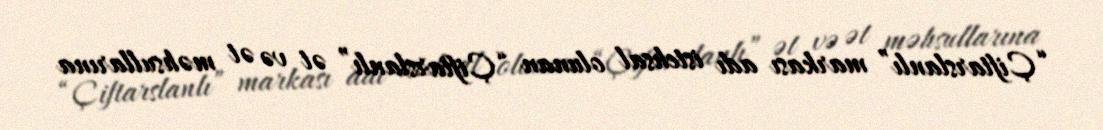
“Çiftarslanlı” markası adı istehsal olunan “Çiftarslanlı” ət və ət məhsullarına